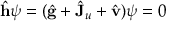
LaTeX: \hat { \bf h } \psi = ( \hat { \bf g } + \hat { \bf J } _ { u } + \hat { \bf v } ) \psi = 0